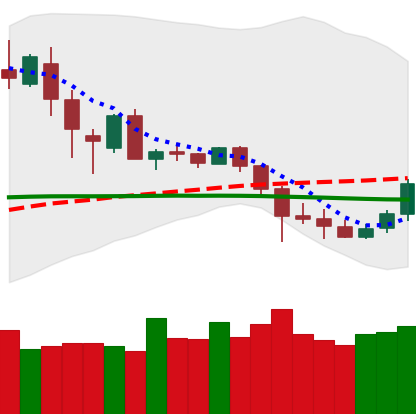
Ticker: DOGE-USD
Chart end date: 2020-03-03
Forward return: -12.485%
Label: down_7plus